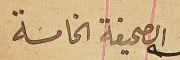
الصحيفة الخامسة